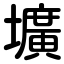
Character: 壙